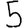
Digit: 5